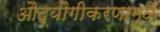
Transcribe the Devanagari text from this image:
औद्यौगीकरणामुळे